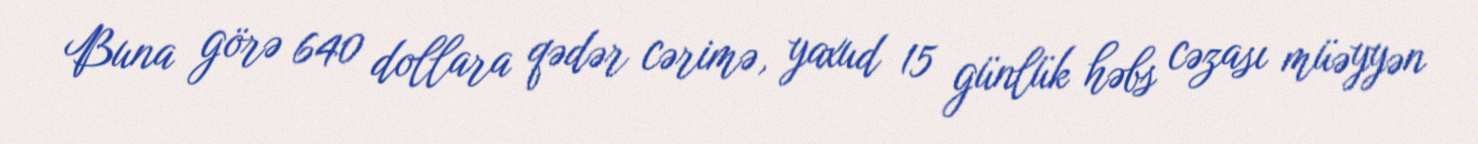
Buna görə 640 dollara qədər cərimə, yaxud 15 günlük həbs cəzası müəyyən